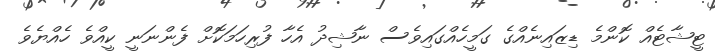
ޓީޝާޓެއް ކޮންމެ ޑިޒައިނެއްގެ ގަމީހެއްގައިވެސް ނާޝިދު އެހާ ފުރިހަމަކޮށް ފެންނަނީ ކީއްވެ ހެއްޔެވެ